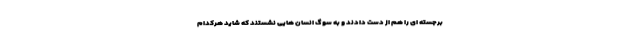
برجسته ای را هم از دست دادند و به سوگ انسان هایی نشستند که شاید هرکدام